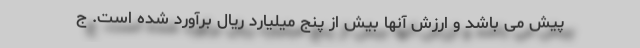
پیش می باشد و ارزش آنها بیش از پنج میلیارد ریال برآورد شده است. ج